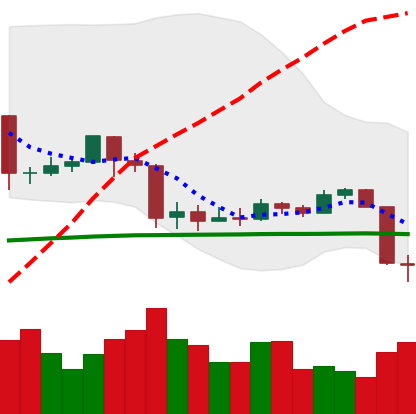
Ticker: EOS-USD
Chart end date: 2020-03-09
Forward return: -35.902%
Label: down_7plus